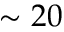
\sim 2 0